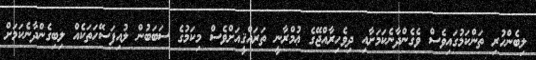
ލިބެންހުރި ތަންކަމުގައިވެސް ވެގެންދާނެކަމަށާއި ދިވެހިރާއްޖޭގެ ޢުމްރާނީ ތަރައްޤީއަށްވެސް މިކަމުގެ ސަބަބުން ލުއިފަސޭހަތަކެއް ލިބިގެންދާނެކަމަށް